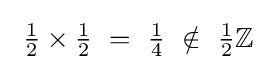
~{\tfrac {1}{2}}\times {\tfrac {1}{2}}~=~{\tfrac {1}{4}}~\notin ~{\tfrac {1}{2}}\mathbb {Z} ~